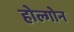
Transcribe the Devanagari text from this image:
होल्गोन